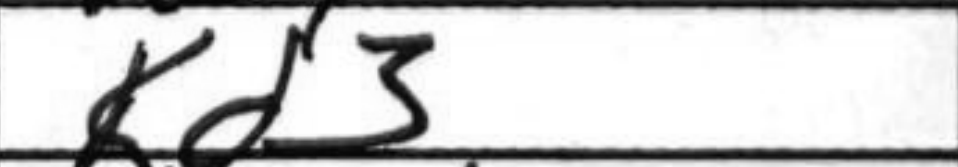
Transcription: Kd3